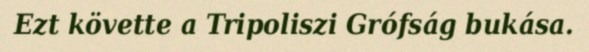
Ezt követte a Tripoliszi Grófság bukása.